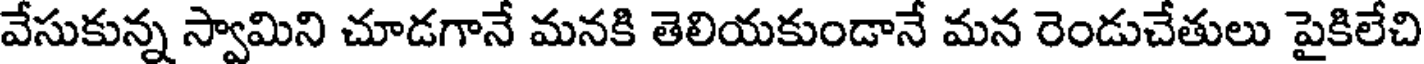
వేసుకున్న స్వామిని చూడగానే మనకి తెలియకుండానే మన రెండుచేతులు పైకిలేచి